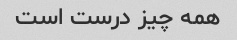
همه چیز درست است